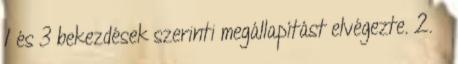
1 és 3 bekezdések szerinti megállapítást elvégezte. 2. §